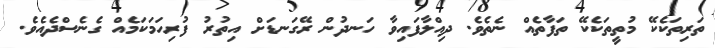
ތަރިތަކެކޭ މުތީތަކެކޭ ތަފާތެއް ނެތެވެ. ދިއްލާފައިވާ ހަނދުން ރޭގަނޑަށް އިތުރު ފުރިހަމަކަމެއް ގެނެސްދެއެވެ.